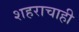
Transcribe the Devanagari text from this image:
शहराचाही